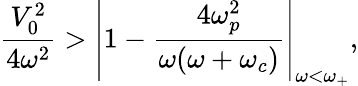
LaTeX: \frac{V_{0}^{2}}{4\omega^{2}}>\left\vert 1-\frac{4\omega_{p}^{2}}{\omega(\omega+\omega_{c})}\right\vert_{\omega<\omega_{+}},